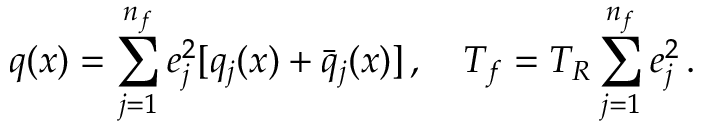
q ( x ) = \sum _ { j = 1 } ^ { n _ { f } } e _ { j } ^ { 2 } [ q _ { j } ( x ) + \bar { q } _ { j } ( x ) ] \, , \quad T _ { f } = T _ { R } \sum _ { j = 1 } ^ { n _ { f } } e _ { j } ^ { 2 } \, .